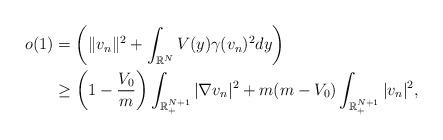
LaTeX: \begin{align*}o(1) &= \left(\| v_{n}\|^{2} +\int_{\mathbb{R}^{N}} V(y) \gamma(v_n)^2 dy \right) \\&\geq\left( 1 - \frac{V_0}{m} \right) \int_{\mathbb{R}_{+}^{N+1}} |\nabla v_n|^2 + {m(m-V_0)} \int_{\mathbb{R}_{+}^{N+1}} |v_n|^2,\end{align*}